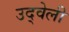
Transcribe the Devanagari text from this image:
उद्वेली